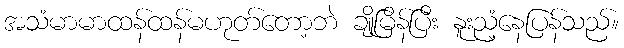
အသံမာမာထန်ထန်မဟုတ်တော့ဘဲ ချိုမြိန်ပြီး နူးညံ့နေပြန်သည်။